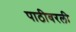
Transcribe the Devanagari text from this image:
पाठीवरली